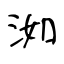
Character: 洳